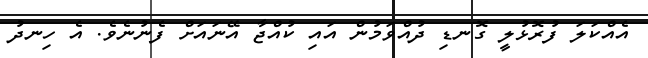
އެއްކަލަ ފުރޮޅުލީ ގޮނޑި ދުއްވަމުން އައި ކުއްޖާ އޭނައަށް ފެނުނެވެ. އެ ހިނދު